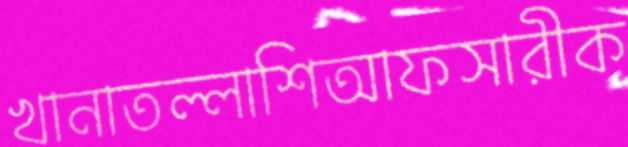
খানাতল্লাশিআফসারীক